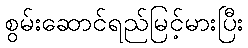
စွမ်းဆောင်ရည်မြင့်မားပြီး